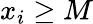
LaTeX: x_{i}\geq M